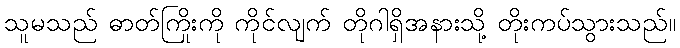
သူမသည် ဓာတ်ကြိုးကို ကိုင်လျက် တိုဂါရှိအနားသို့ တိုးကပ်သွားသည်။